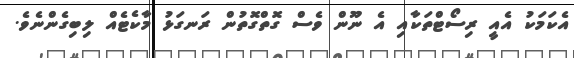
އެކަމަކު އެއީ ރިސޯޓްތަކާއި އެ ނޫން ވެސް ގޮތްގޮތުން ރަނގަޅު މާކެޓެއް ލިބިގެންނެވެ.